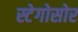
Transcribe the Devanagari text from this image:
स्टेगोसोर